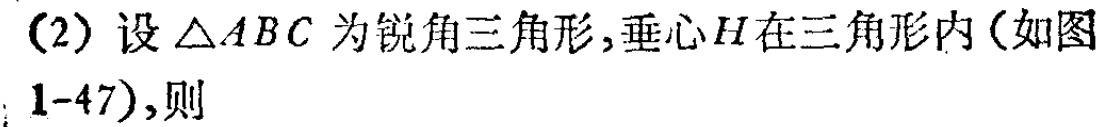
(2) 设\(\triangle ABC\)为锐角三角形,垂心\(H\)在三角形内(如图1-47),则